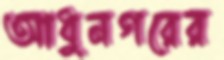
আধুনগরের